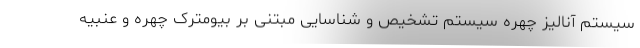
سیستم آنالیز چهره سیستم تشخیص و شناسایی مبتنی بر بیومترک چهره و عنبیه